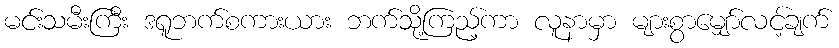
မင်းသမီးကြီး ဒရူဘက်စကားယား ဘက်သို့ကြည့်ကာ လူနာမှာ များစွာမျှော်လင့်ချက်